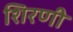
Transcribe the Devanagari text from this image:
शिरणी